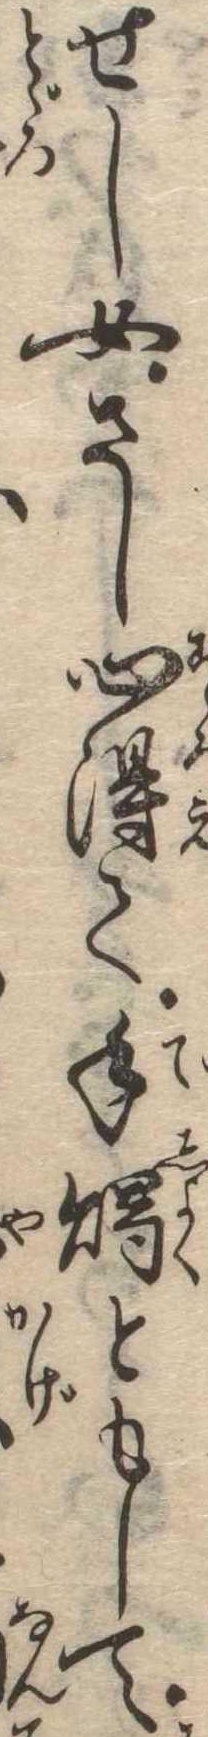
せし女さし心得て手燭ともして